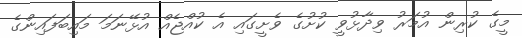
މީގެ ކުރިން އުމަރު ވިދާޅުވީ ކުށުގެ ވެށީގައި އެ ކުއްޖެއް އުޅޭނަމަ މައިބަފައިންގެ